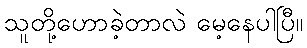
သူတို့ဟောခဲ့တာလဲ မေ့နေပါပြီ။